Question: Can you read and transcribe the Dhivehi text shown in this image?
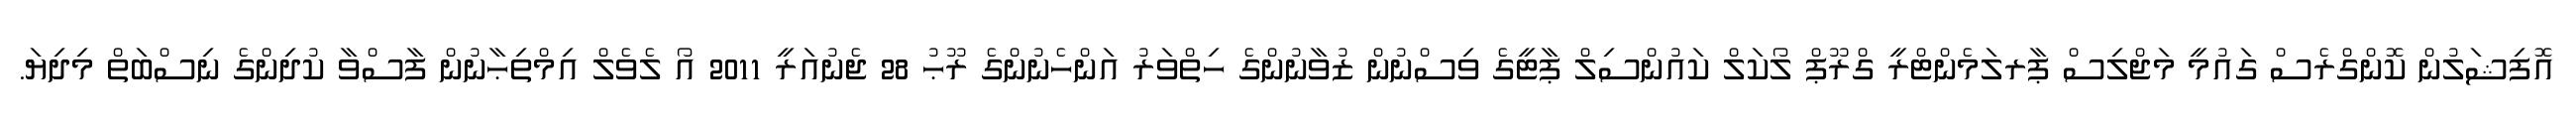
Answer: އޮފިޝަލުން ކޮންގްރެސް ގައުމީ މަޖްލިސް ޕާރލަމެންޓްރީ ގްރޫޕް ލޯކަލް ކައުންސިލް ޕާޓީގެ ވިސްނުން ޒުވާނުންގެ ހިތްވަރު އަންހެނުންގެ ރޫޙު 28 ޖެނުއަރީ 2011 އޯ ލެވެލް އިމްތިޙާނުން ފާސްވާ ކުދިންގެ ނިސްބަތް މިދިޔަ.